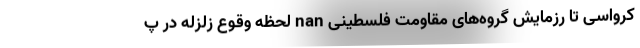
کرواسی تا رزمایش گروه‌های مقاومت فلسطینی nan لحظه وقوع زلزله در پ